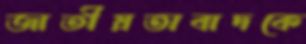
জাতীয়তাবাদকে